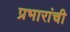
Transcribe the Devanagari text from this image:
प्रभारांची